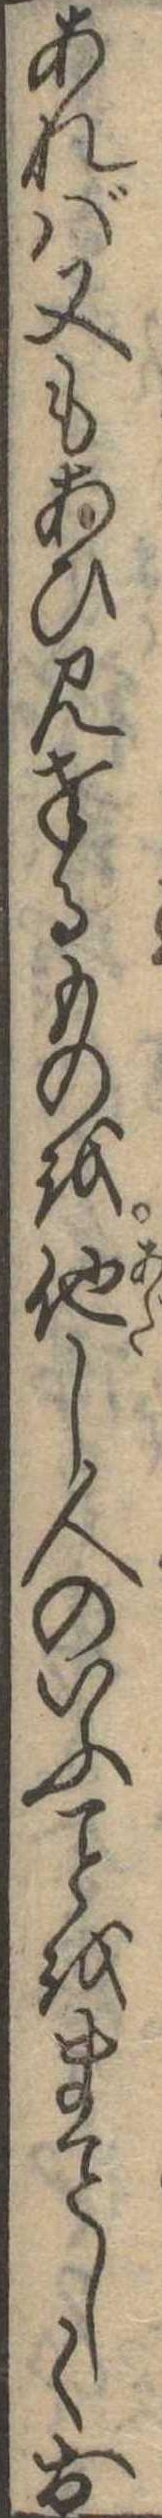
あれば又もあひ見奉るものを他し人のいふをましくお